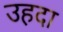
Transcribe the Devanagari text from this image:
उहदा